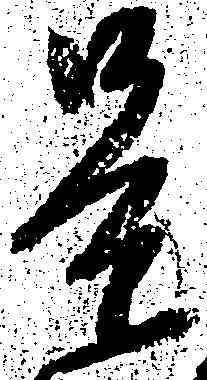
是